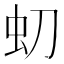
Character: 虭